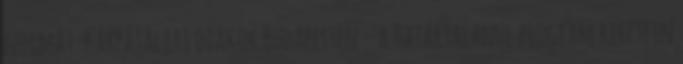
normát. Kárpátaljai diákok Budapesten – a Határtalanul program keretein